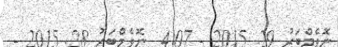
ނޮވެމްބަރު 29